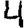
Digit: 4